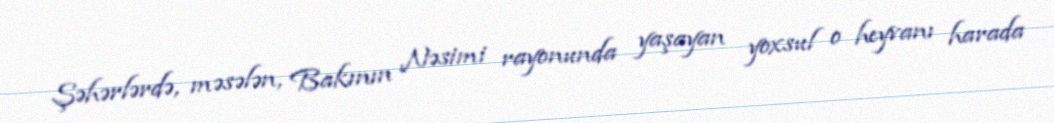
Şəhərlərdə, məsələn, Bakının Nəsimi rayonunda yaşayan yoxsul o heyvanı harada